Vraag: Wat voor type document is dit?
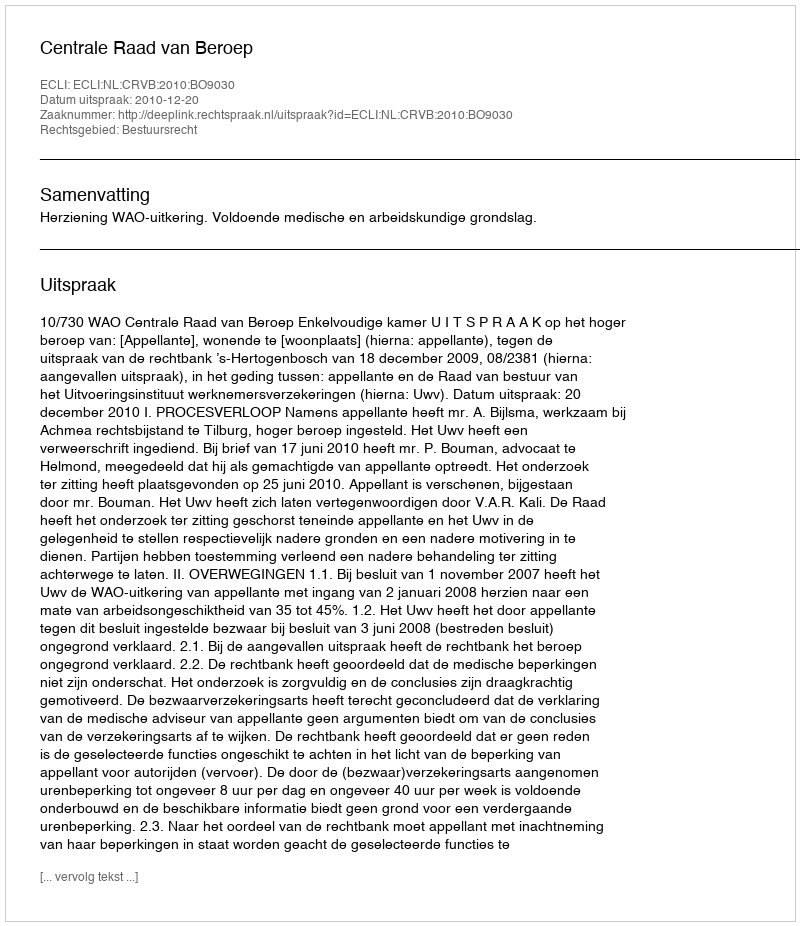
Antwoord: Uitspraak